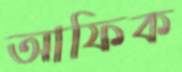
আফিক